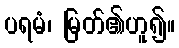
ပရမံ၊ မြတ်၏ဟူ၍။